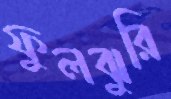
ফুলঝুরি